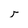
Character: T